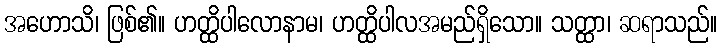
အဟောသိ၊ ဖြစ်၏။ ဟတ္ထိပါလောနာမ၊ ဟတ္ထိပါလအမည်ရှိသော။ သတ္ထာ၊ ဆရာသည်။